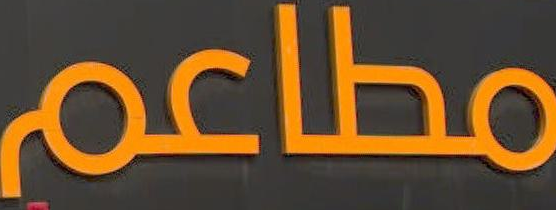
مطاعم